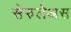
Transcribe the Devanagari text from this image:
सेरुलेअस